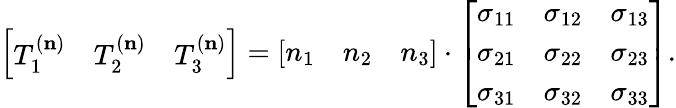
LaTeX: \left[{\begin{array}{lll}{T_{1}^{(\mathbf{n})}}&{T_{2}^{(\mathbf{n})}}&{T_{3}^{(\mathbf{n})}}\end{array}}\right]=\left[{\begin{array}{lll}{n_{1}}&{n_{2}}&{n_{3}}\end{array}}\right]\cdot\left[{\begin{array}{lll}{\sigma_{11}}&{\sigma_{12}}&{\sigma_{13}}\\ {\sigma_{21}}&{\sigma_{22}}&{\sigma_{23}}\\ {\sigma_{31}}&{\sigma_{32}}&{\sigma_{33}}\end{array}}\right].